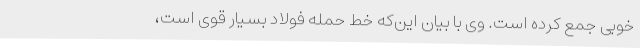
خوبی جمع کرده است. وی با بیان این‌که خط حمله فولاد بسیار قوی است،